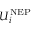
U _ { i } ^ { \mathrm { N E P } }